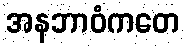
အနဘာဝံကတေ